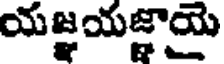
యజ్ఞయజ్ఞాయై